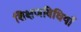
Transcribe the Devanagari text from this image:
शिक्षणविधियाँ